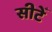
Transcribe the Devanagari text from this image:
सीटेँ